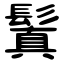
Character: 鬒